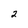
Character: 2